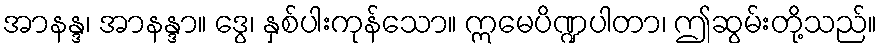
အာနန္ဒ၊ အာနန္ဒာ။ ဒွေ၊ နှစ်ပါးကုန်သော။ ဣမေပိဏ္ဍပါတာ၊ ဤဆွမ်းတို့သည်။